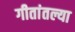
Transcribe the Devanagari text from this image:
गीतांतल्या